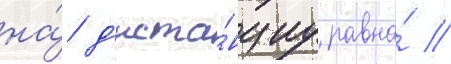
на́ д'иста́нциу равна́ //